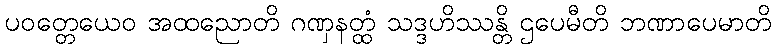
ပဝတ္တေယေဝ အထညောတိ ဂဏှနတ္ထံ သဒ္ဒဟိဿန္တိ ဌပေမီတိ ဘဏာပေမာတိ